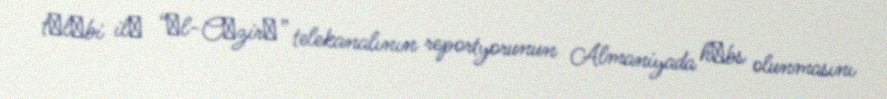
tәlәbi ilә “Әl-Cәzirә” telekanalının reportyorunun Almaniyada hәbs olunmasını